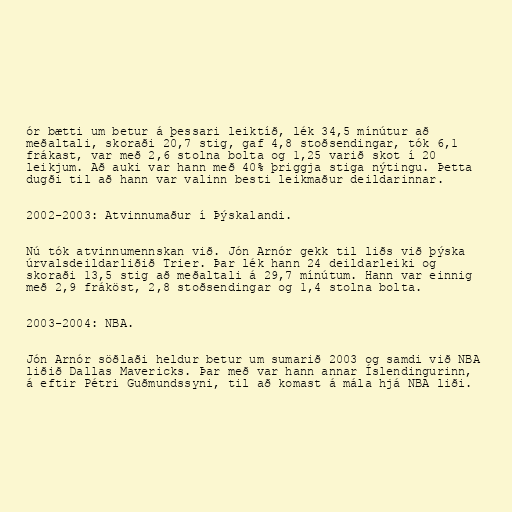
ór bætti um betur á þessari leiktíð, lék 34,5 mínútur að
meðaltali, skoraði 20,7 stig, gaf 4,8 stoðsendingar, tók 6,1
frákast, var með 2,6 stolna bolta og 1,25 varið skot í 20
leikjum. Að auki var hann með 40% þriggja stiga nýtingu. Þetta
dugði til að hann var valinn besti leikmaður deildarinnar.

2002-2003: Atvinnumaður í Þýskalandi.

Nú tók atvinnumennskan við. Jón Arnór gekk til liðs við þýska
úrvalsdeildarliðið Trier. Þar lék hann 24 deildarleiki og
skoraði 13,5 stig að meðaltali á 29,7 mínútum. Hann var einnig
með 2,9 fráköst, 2,8 stoðsendingar og 1,4 stolna bolta.

2003-2004: NBA.

Jón Arnór söðlaði heldur betur um sumarið 2003 og samdi við NBA
liðið Dallas Mavericks. Þar með var hann annar Íslendingurinn,
á eftir Pétri Guðmundssyni, til að komast á mála hjá NBA liði.